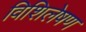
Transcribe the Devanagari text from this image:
विशिलेषण